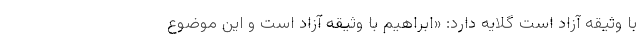
با وثیقه آزاد است گلایه دارد: «ابراهیم با وثیقه آزاد است و این موضوع